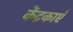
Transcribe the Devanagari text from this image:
केंद्रकाएँ